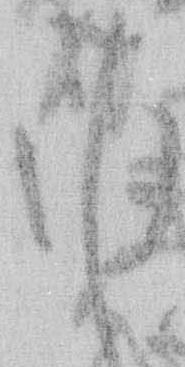
ゆ